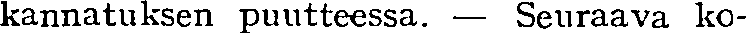
kannatuksen puutteessa. — Seuraava ko-